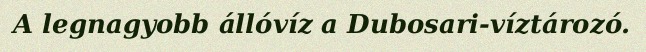
A legnagyobb állóvíz a Dubosari-víztározó.